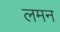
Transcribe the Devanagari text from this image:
लमन